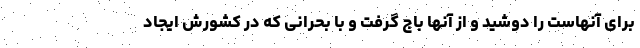
برای آنهاست را دوشید و از آنها باج گرفت و با بحرانی که در کشورش ایجاد